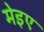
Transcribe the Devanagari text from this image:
मेइए